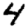
Digit: 4